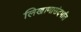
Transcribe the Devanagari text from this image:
लिखाणासंदर्भात